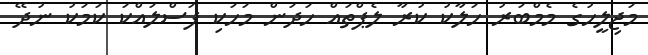
މަޖިލީހުގެ މެމްބަރު ހަލާކު ކުރާ ލެޕްތައް ހަދަން މަހަކި ފަސްލައްކަ ކަމަކު ނުދޭ